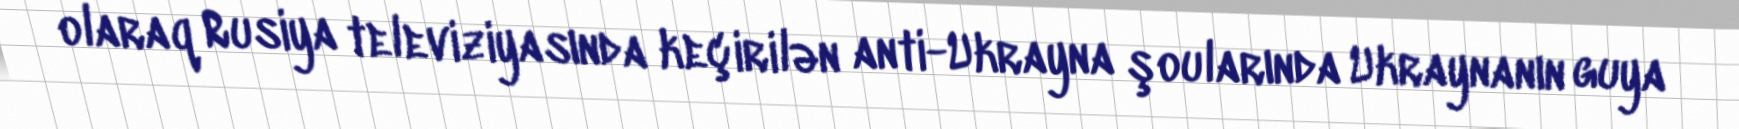
olaraq Rusiya televiziyasında keçirilən anti-Ukrayna şoularında Ukraynanın guya